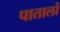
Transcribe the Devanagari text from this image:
पातालों